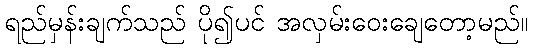
ရည်မှန်းချက်သည် ပို၍ပင် အလှမ်းဝေးချေတော့မည်။